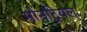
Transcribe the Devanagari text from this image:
मोनट्रियल